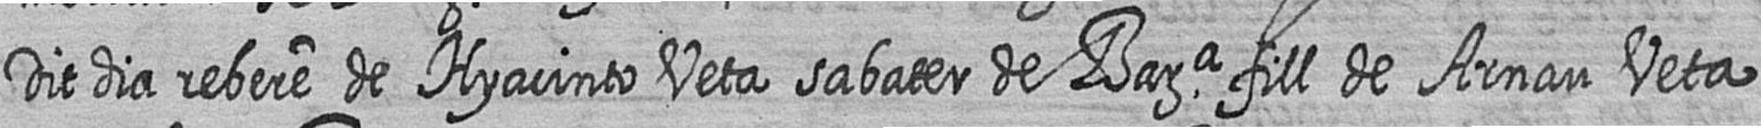
Dit dia rebere de Hyacinto Veta sabater de Bara fill de Arnau Veta